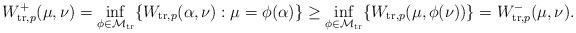
LaTeX: \begin{align*}W_{\mathrm{tr},p}^+(\mu,\nu) &= \inf_{\phi \in \mathcal{M}_{\mathrm{tr}}} \{ W_{\mathrm{tr},p}(\alpha, \nu) : \mu = \phi(\alpha)\} \geq \inf_{\phi \in \mathcal{M}_{\mathrm{tr}}} \{ W_{\mathrm{tr},p}(\mu, \phi(\nu))\}= W_{\mathrm{tr},p}^-(\mu,\nu).\end{align*}